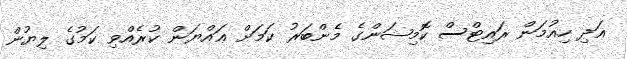
އަދި ހިއުމަން ރައިޓްސް ކޮމިޝަންގެ މެންބަރު ކަމަށް ޢައްޔަން ކުރެއްވި ކަމުގެ ލިޔުން